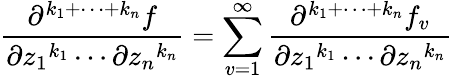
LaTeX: {\frac{\partial^{k_{1}+\cdots+k_{n}}f}{\partial{z_{1}}^{k_{1}}\cdots\partial{z_{n}}^{k_{n}}}}=\sum_{v=1}^{\infty}{\frac{\partial^{k_{1}+\cdots+k_{n}}f_{v}}{\partial{z_{1}}^{k_{1}}\cdots\partial{z_{n}}^{k_{n}}}}